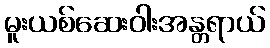
မူးယစ်ဆေးဝါးအန္တရာယ်